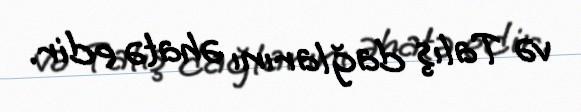
və Talış dağlarını əhatə edir.